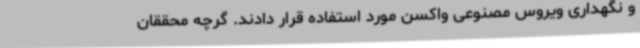
و نگهداری ویروس مصنوعی واکسن مورد استفاده قرار دادند. گرچه محققان